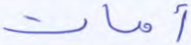
أمات